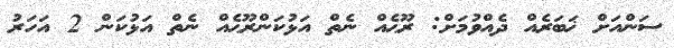
ސަންއަށް ޚަބަރެއް ދެއްވުމަށް: ރޫޙެއް ނެތް އަޅުކަންރޫޙެއް ނެތް އަޅުކަން 2 އަހަރު